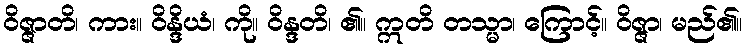
ဝိဇ္ဇာတိ၊ ကား။ ဝိန္ဒိယံ၊ ကို။ ဝိန္ဒတိ၊ ၏။ ဣတိ တသ္မာ၊ ကြောင့်။ ဝိဇ္ဇာ၊ မည်၏။